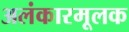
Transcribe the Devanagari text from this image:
अलंकारमूलक